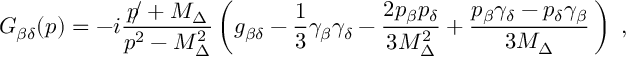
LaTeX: G _ { \beta \delta } ( p ) = - i \frac { p \! \! / + M _ { \Delta } } { p ^ { 2 } - M _ { \Delta } ^ { 2 } } \, \biggl ( g _ { \beta \delta } - \frac { 1 } { 3 } \gamma _ { \beta } \gamma _ { \delta } - \frac { 2 p _ { \beta } p _ { \delta } } { 3 M _ { \Delta } ^ { 2 } } + \frac { p _ { \beta } \gamma _ { \delta } - p _ { \delta } \gamma _ { \beta } } { 3 M _ { \Delta } } \, \biggr ) \, \, \, ,